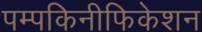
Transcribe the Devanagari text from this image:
पम्पकिनीफिकेशन